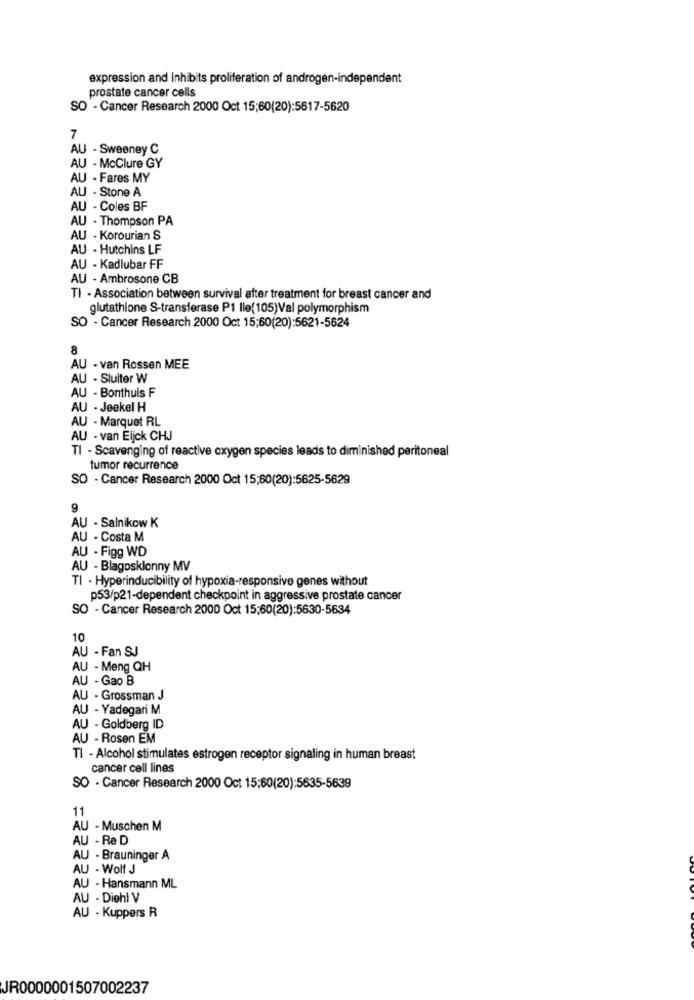
expression and inhibits proliferation of androgen-independent
prostate cancer cells
SO - Cancer Research 2000 Oct 15;60(20):5617-5620
7
AU - Sweeney C
AU - McClure GY
AU - Fares MY
AU - Stone A
AU - Coles BF
AU - Thompson PA
AU - Korourian S
AU - Hutchins LF
AU - Kadlubar FF
AU - Ambrosone CB
TI - Association between survival after treatment for breast cancer and
glutathione S-transferase P1 Ile(105)Val polymorphism
SO - Cancer Research 2000 Oct 15;60(20):5621-5624
8
AU - van Rossen MEE
AU - Sluiter W
AU - Bonthuis F
AU - Jeekel H
AU - Marquet RL
AU - van Eljck CHJ
TI - Scavenging of reactive oxygen species leads to diminished peritoneal
tumor recurrence
SO - Cancer Research 2000 Oct 15:60(20):5625-5629
9
AU - Salnikow K
AU - Costa M
AU - Figg WD
AU - Blagosklonny MV
TI - Hyperinducibility of hypoxia-responsive genes without
p53/p21-dependent checkpoint in aggressive prostate cancer
SO - Cancer Research 2000 Oct 15:60(20):5630-5634
10
AU - Fan SJ
AU - Meng QH
AU - Gao B
AU - Grossman J
AU - Yadegari M
AU - Goldberg ID
AU - Rosen EM
Tl - Alcohol stimulates estrogen receptor signaling in human breast
cancer cell lines
SO - Cancer Research 2000 Oct 15:60(20):5635-5639
11
AU - Muschen M
AU - Re D
AU - Brauninger A
AU - Wolf J
AU - Hansmann ML
AU - Diehl V
AU - Kuppers R
JR0000001507002237